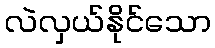
လဲလှယ်နိုင်သော